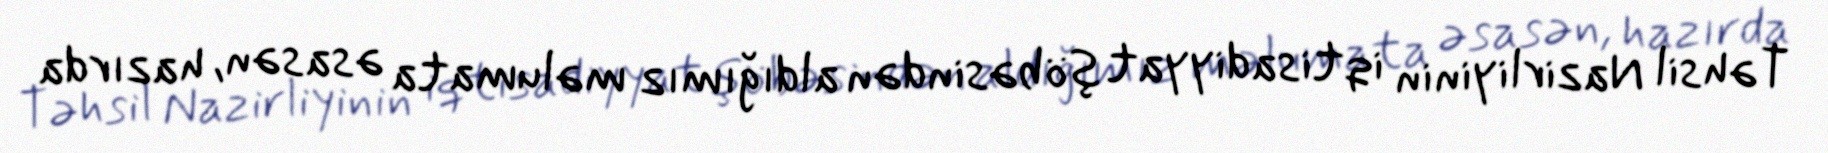
Təhsil Nazirliyinin iqtisadiyyat şöbəsindən aldığımız məlumata əsasən, hazırda